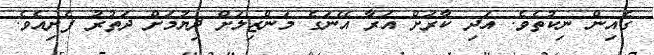
ގެއިން ނިކުތެވެ. އަދި ކާރަށް އަރާ އޭނަގެ މަންޒިލަށް ދިޔުމަށް ދަތުރު ފެށިއެވެ.